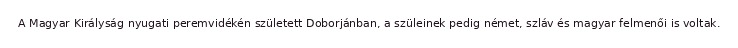
A Magyar Királyság nyugati peremvidékén született Doborjánban, a szüleinek pedig német, szláv és magyar felmenői is voltak.